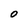
Character: 0